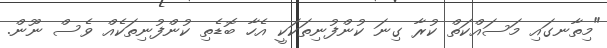
"މިތާނގައި މަސައްކަތް ކުރާ ގިނަ ކުންފުނިތަކަކީ އެހާ ބޮޑެތި ކުންފުނިތަކެއް ވެސް ނޫން.